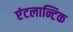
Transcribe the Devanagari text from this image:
एंटलान्टिक